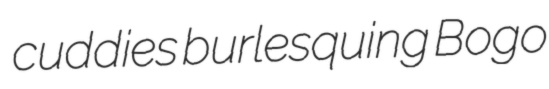
cuddies burlesquing Bogo